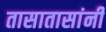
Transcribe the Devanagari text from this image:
तासातासांनी